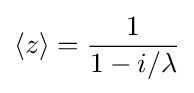
\langle z\rangle ={\frac {1}{1-i/\lambda }}